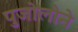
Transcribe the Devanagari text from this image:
पुजोलोने